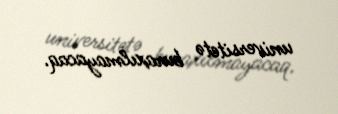
universitetə buraxılmayacaq.